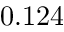
0 . 1 2 4